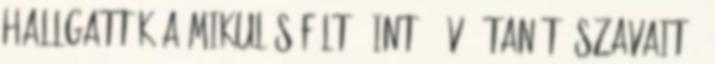
hallgatták a Mikulás féltő, intő, óvó, tanító szavait :